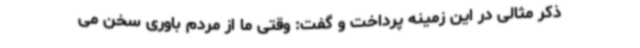
ذکر مثالی در این زمینه پرداخت و گفت: وقتی ما از مردم باوری سخن می